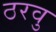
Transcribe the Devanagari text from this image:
ठरवु